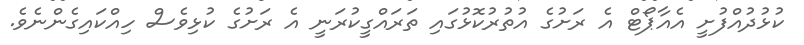
ކުޅުދުއްފުށީ އެއާޕޯޓް އެ ރަށުގެ އުތުރުކޮޅުގައި ތަރައްގީކުރަނީ އެ ރަށުގެ ކުޅިވެސް ހިއްކައިގެންނެވެ.